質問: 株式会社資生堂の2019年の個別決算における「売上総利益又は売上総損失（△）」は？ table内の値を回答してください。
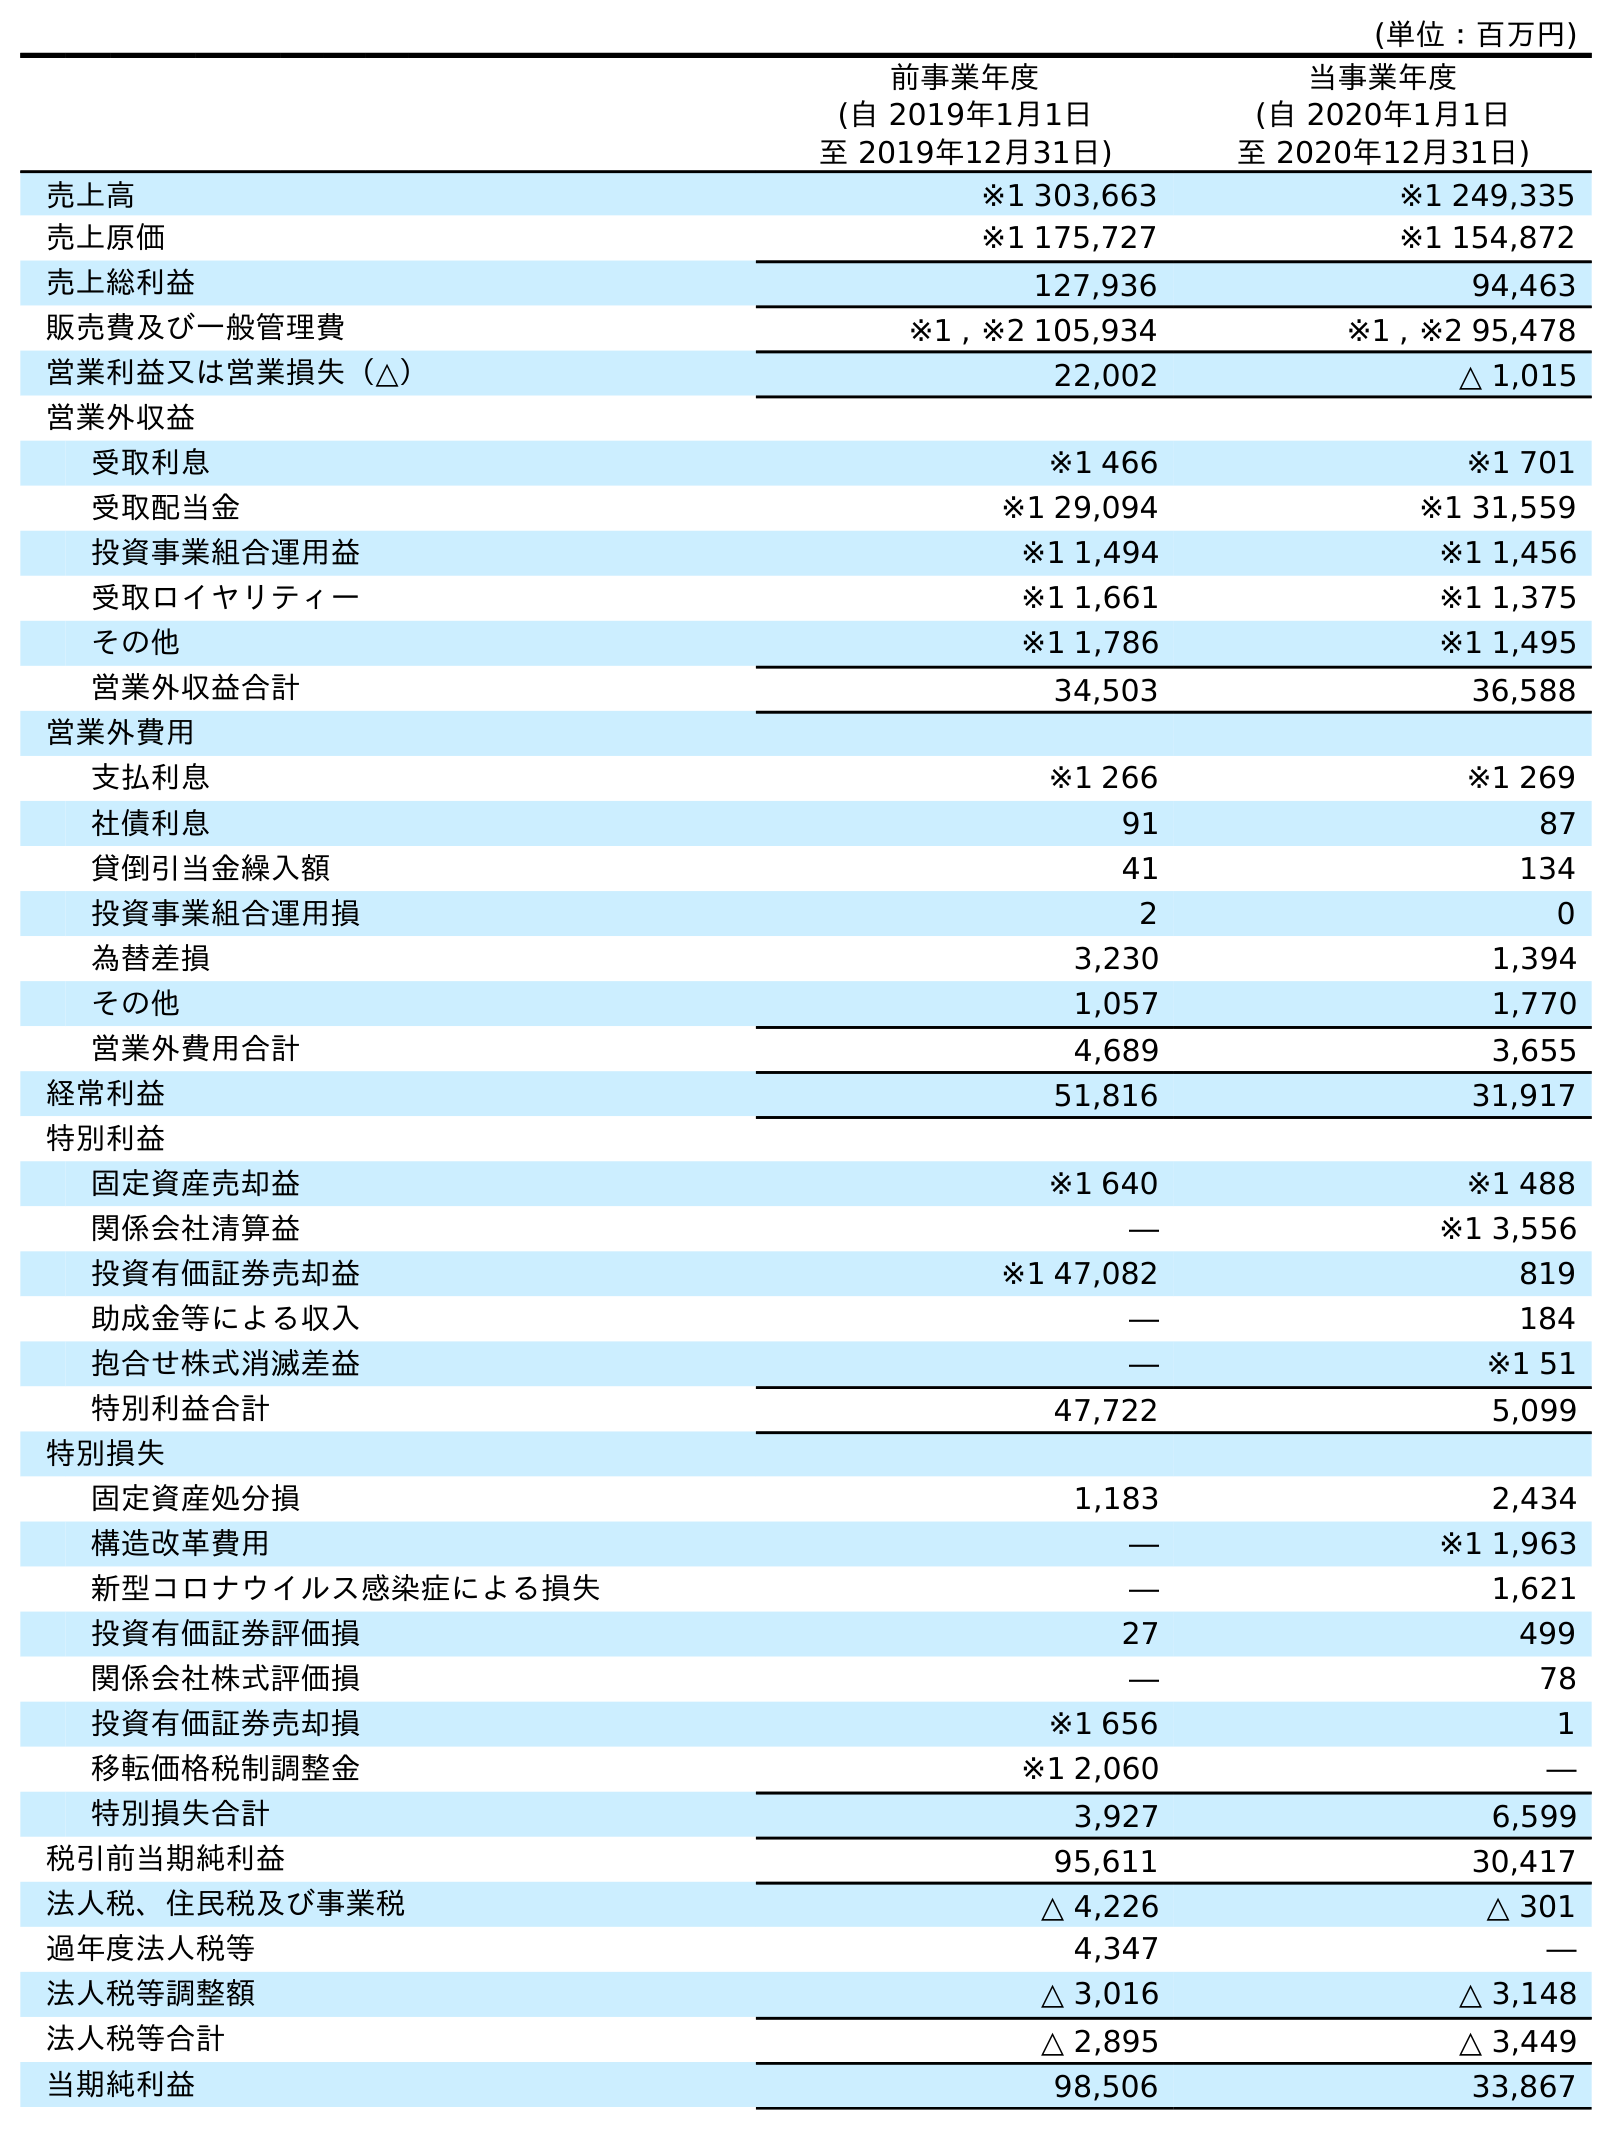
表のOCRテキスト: (単位：百万円) 前事業年度 (自 2019年1月1日 至 2019年12月31日) 当事業年度 (自 2020年1月1日 至 2020年12月31日) 売上高 ※1 303,663 ※1 249,335 売上原価 ※1 175,727 ※1 154,872 売上総利益 127,936 94,463 販売費及び一般管理費 ※1 , ※2 105,934 ※1 , ※2 95,478 営業利益又は営業損失（△） 22,002 △ 1,015 営業外収益 受取利息 ※1 466 ※1 701 受取配当金 ※1 29,094 ※1 31,559 投資事業組合運用益 ※1 1,494 ※1 1,456 受取ロイヤリティー ※1 1,661 ※1 1,375 その他 ※1 1,786 ※1 1,495 営業外収益合計 34,503 36,588 営業外費用 支払利息 ※1 266 ※1 269 社債利息 91 87 貸倒引当金繰入額 41 134 投資事業組合運用損 2 0 為替差損 3,230 1,394 その他 1,057 1,770 営業外費用合計 4,689 3,655 経常利益 51,816 31,917 特別利益 固定資産売却益 ※1 640 ※1 488 関係会社清算益 ― ※1 3,556 投資有価証券売却益 ※1 47,082 819 助成金等による収入 ― 184 抱合せ株式消滅差益 ― ※1 51 特別利益合計 47,722 5,099 特別損失 固定資産処分損 1,183 2,434 構造改革費用 ― ※1 1,963 新型コロナウイルス感染症による損失 ― 1,621 投資有価証券評価損 27 499 関係会社株式評価損 ― 78 投資有価証券売却損 ※1 656 1 移転価格税制調整金 ※1 2,060 ― 特別損失合計 3,927 6,599 税引前当期純利益 95,611 30,417 法人税、住民税及び事業税 △ 4,226 △ 301 過年度法人税等 4,347 ― 法人税等調整額 △ 3,016 △ 3,148 法人税等合計 △ 2,895 △ 3,449 当期純利益 98,506 33,867
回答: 127,936